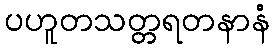
ပဟူတသတ္တရတနာနံ